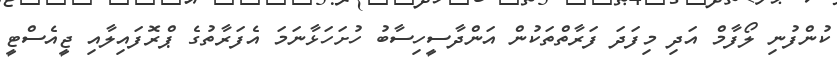
ކުންފުނި ލޯފާމް އަދި މިފަދަ ފަރާތްތަކުން އަންދާސީހިސާބު ހުށަހަޅާނަމަ އެފަރާތުގެ ޕްރޮފައިލާއި ޖީއެސްޓީ